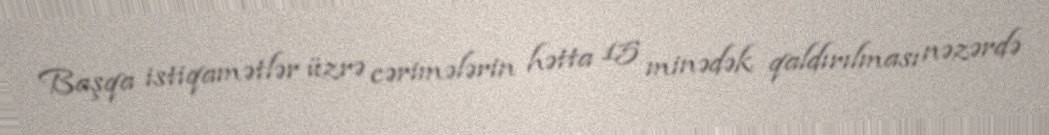
Başqa istiqamətlər üzrə cərimələrin hətta 15 minədək qaldırılması nəzərdə